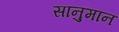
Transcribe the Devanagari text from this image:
सानुमान